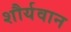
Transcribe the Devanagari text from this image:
शौर्यवान